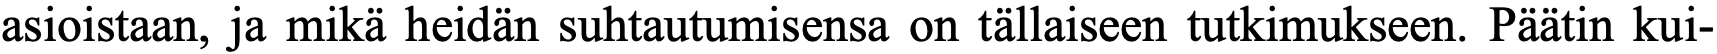
asioistaan, ja mikä heidän suhtautumisensa on tällaiseen tutkimukseen. Päätin kui-